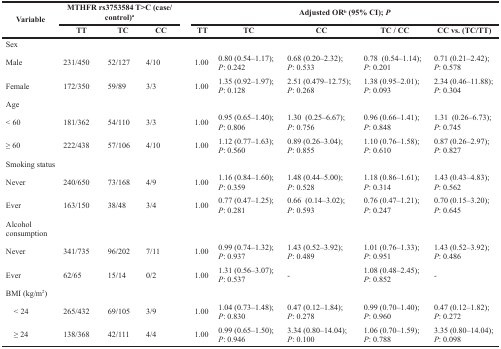
<table><thead><tr><td rowspan="2"><b>Variable</b></td><td colspan="3"><b>MTHFR rs3753584 T&gt;C (case/control)<sup>a</sup></b></td><td colspan="5"><b>Adjusted OR<sup>b</sup> (95% CI); <i>P</i></b></td></tr><tr><td><b>TT</b></td><td><b>TC</b></td><td><b>CC</b></td><td><b>TT</b></td><td><b>TC</b></td><td><b>CC</b></td><td><b>TC / CC</b></td><td><b>CC vs. (TC/TT)</b></td></tr></thead><tbody><tr><td colspan="9">Sex</td></tr><tr><td>Male</td><td>231/450</td><td>52/127</td><td>4/10</td><td>1.00</td><td>0.80 (0.54–1.17);<i>P</i>: 0.242</td><td>0.68 (0.20–2.32);<i>P</i>: 0.533</td><td>0.78 (0.54–1.14);<i>P</i>: 0.201</td><td>0.71 (0.21–2.42);<i>P</i>: 0.578</td></tr><tr><td>Female</td><td>172/350</td><td>59/89</td><td>3/3</td><td>1.00</td><td>1.35 (0.92–1.97);<i>P</i>: 0.128</td><td>2.51 (0.479–12.75);<i>P</i>: 0.268</td><td>1.38 (0.95–2.01);<i>P</i>: 0.093</td><td>2.34 (0.46–11.88);<i>P</i>: 0.304</td></tr><tr><td colspan="9">Age</td></tr><tr><td>&lt; 60</td><td>181/362</td><td>54/110</td><td>3/3</td><td>1.00</td><td>0.95 (0.65–1.40);<i>P</i>: 0.806</td><td>1.30 (0.25–6.67);<i>P</i>: 0.756</td><td>0.96 (0.66–1.41);<i>P</i>: 0.848</td><td>1.31 (0.26–6.73);<i>P</i>: 0.745</td></tr><tr><td>≥ 60</td><td>222/438</td><td>57/106</td><td>4/10</td><td>1.00</td><td>1.12 (0.77–1.63);<i>P</i>: 0.560</td><td>0.89 (0.26–3.04);<i>P</i>: 0.855</td><td>1.10 (0.76–1.58);<i>P</i>: 0.610</td><td>0.87 (0.26–2.97);<i>P</i>: 0.827</td></tr><tr><td colspan="9">Smoking status</td></tr><tr><td>Never</td><td>240/650</td><td>73/168</td><td>4/9</td><td>1.00</td><td>1.16 (0.84–1.60);<i>P</i>: 0.359</td><td>1.48 (0.44–5.00);<i>P</i>: 0.528</td><td>1.18 (0.86–1.61);<i>P</i>: 0.314</td><td>1.43 (0.43–4.83);<i>P</i>: 0.562</td></tr><tr><td>Ever</td><td>163/150</td><td>38/48</td><td>3/4</td><td>1.00</td><td>0.77 (0.47–1.25);<i>P</i>: 0.281</td><td>0.66 (0.14–3.02);<i>P</i>: 0.593</td><td>0.76 (0.47–1.21);<i>P</i>: 0.247</td><td>0.70 (0.15–3.20);<i>P</i>: 0.645</td></tr><tr><td colspan="9">Alcohol consumption</td></tr><tr><td>Never</td><td>341/735</td><td>96/202</td><td>7/11</td><td>1.00</td><td>0.99 (0.74–1.32);<i>P</i>: 0.937</td><td>1.43 (0.52–3.92);<i>P</i>: 0.489</td><td>1.01 (0.76–1.33);<i>P</i>: 0.951</td><td>1.43 (0.52–3.92);<i>P</i>: 0.486</td></tr><tr><td>Ever</td><td>62/65</td><td>15/14</td><td>0/2</td><td>1.00</td><td>1.31 (0.56–3.07);<i>P</i>: 0.537</td><td>-</td><td>1.08 (0.48–2.45);<i>P</i>: 0.852</td><td>-</td></tr><tr><td colspan="9">BMI (kg/m<sup>2</sup>)</td></tr><tr><td>&lt; 24</td><td>265/432</td><td>69/105</td><td>3/9</td><td>1.00</td><td>1.04 (0.73–1.48);<i>P</i>: 0.830</td><td>0.47 (0.12–1.84);<i>P</i>: 0.278</td><td>0.99 (0.70–1.40);<i>P</i>: 0.960</td><td>0.47 (0.12–1.82);<i>P</i>: 0.272</td></tr><tr><td>≥ 24</td><td>138/368</td><td>42/111</td><td>4/4</td><td>1.00</td><td>0.99 (0.65–1.50);<i>P</i>: 0.946</td><td>3.34 (0.80–14.04);<i>P</i>: 0.100</td><td>1.06 (0.70–1.59);<i>P</i>: 0.788</td><td>3.35 (0.80–14.04);<i>P</i>: 0.098</td></tr></tbody></table>